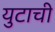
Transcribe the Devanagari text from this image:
युटाची